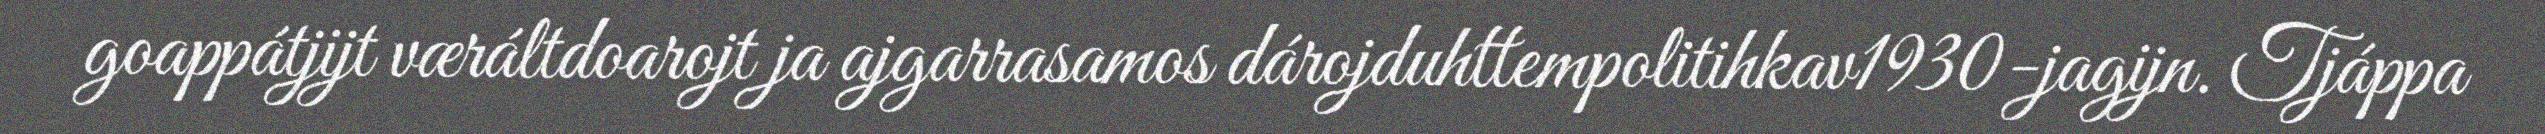
goappátjijt væráltdoarojt ja ajgarrasamos dárojduhttempolitihkav1930-jagijn. Tjáppa